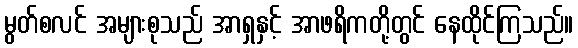
မွတ်စလင် အများစုသည် အာရှနှင့် အာဖရိကတို့တွင် နေထိုင်ကြသည်။